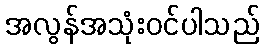
အလွန်အသုံးဝင်ပါသည်